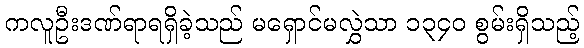
ကလူဦးဒဏ်ရာရရှိခဲ့သည် မရှောင်မလွှဲသာ ၁၃၄၀ စွမ်းရှိသည့်